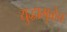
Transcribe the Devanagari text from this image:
युद्धामुळेच